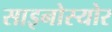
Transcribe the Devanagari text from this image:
साइनोस्योर